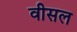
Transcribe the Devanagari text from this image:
वीसल